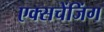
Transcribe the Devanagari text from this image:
एक्सचेंजिंग